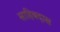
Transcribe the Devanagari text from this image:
साहिबदास